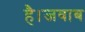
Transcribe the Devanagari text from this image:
है।जवाब